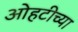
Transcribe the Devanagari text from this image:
ओहटीच्या